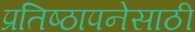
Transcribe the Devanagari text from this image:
प्रतिष्ठापनेसाठी